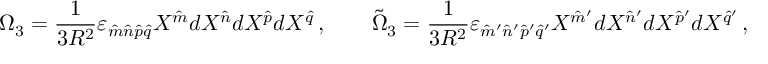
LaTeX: \Omega _ { 3 } = { \frac { 1 } { 3 R ^ { 2 } } } \varepsilon _ { \hat { m } \hat { n } \hat { p } \hat { q } } X ^ { \hat { m } } d X ^ { \hat { n } } d X ^ { \hat { p } } d X ^ { \hat { q } } \, , \qquad \tilde { \Omega } _ { 3 } = { \frac { 1 } { 3 R ^ { 2 } } } \varepsilon _ { \hat { m } ^ { \prime } \hat { n } ^ { \prime } \hat { p } ^ { \prime } \hat { q } ^ { \prime } } X ^ { \hat { m } ^ { \prime } } d X ^ { \hat { n } ^ { \prime } } d X ^ { \hat { p } ^ { \prime } } d X ^ { \hat { q } ^ { \prime } } \, ,